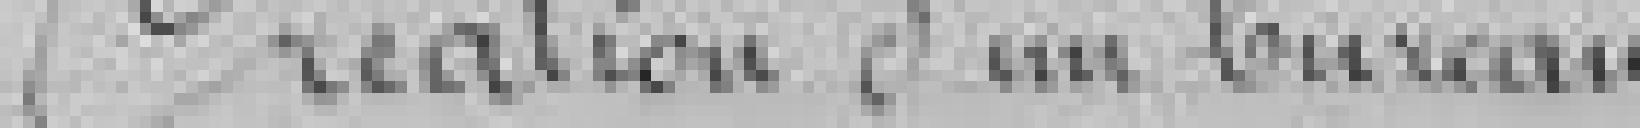
Création d'un bureau